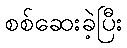
စစ်ဆေးခဲ့ပြီး